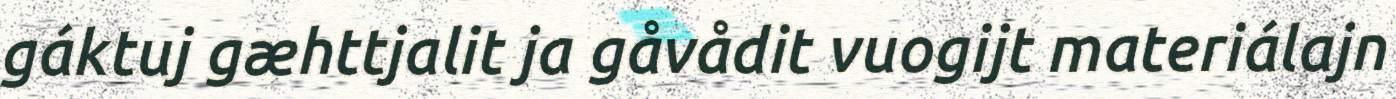
gáktuj gæhttjalit ja gåvådit vuogijt materiálajn